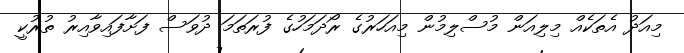
މިއަދު އެތަކެއް މިލިއަން މުސްލިމުން މިއަހަރުގެ ރޯދަމަހުގެ ފުރަތަމަ ދުވަސް ފަށާފައިވާއިރު ތުރުކީ